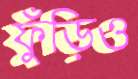
ফুঁড়িও